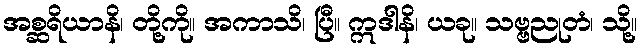
အစ္ဆရိယာနိ၊ တို့ကို။ အကာသိ၊ ပြီ။ ဣဒါနိ၊ ယခု။ သဗ္ဗညုတံ၊ သို့။